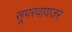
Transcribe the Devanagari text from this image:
सूपरवायजर